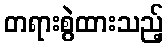
တရားစွဲထားသည့်